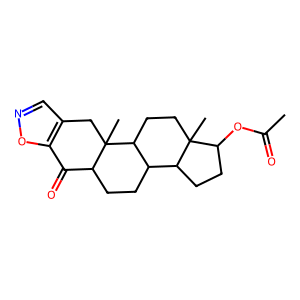
SMILES: CC(=O)OC1CCC2C3CCC4C(=O)c5oncc5CC4(C)C3CCC12C
Inhibits HIV replication: No